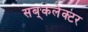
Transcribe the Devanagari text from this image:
सब्‌कलेक्टर